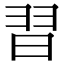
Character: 𮊸